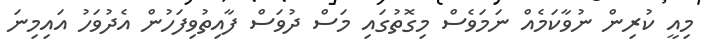
މިއީ ކުރިން ނުވާކަމެއް ނަމަވެސް މިގޮތުގައި މަސް ދުވަސް ފާއިތުވިފަހުން އެދުވަހު އައިމިނަ